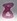
Text: 8